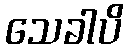
သေခါပိ